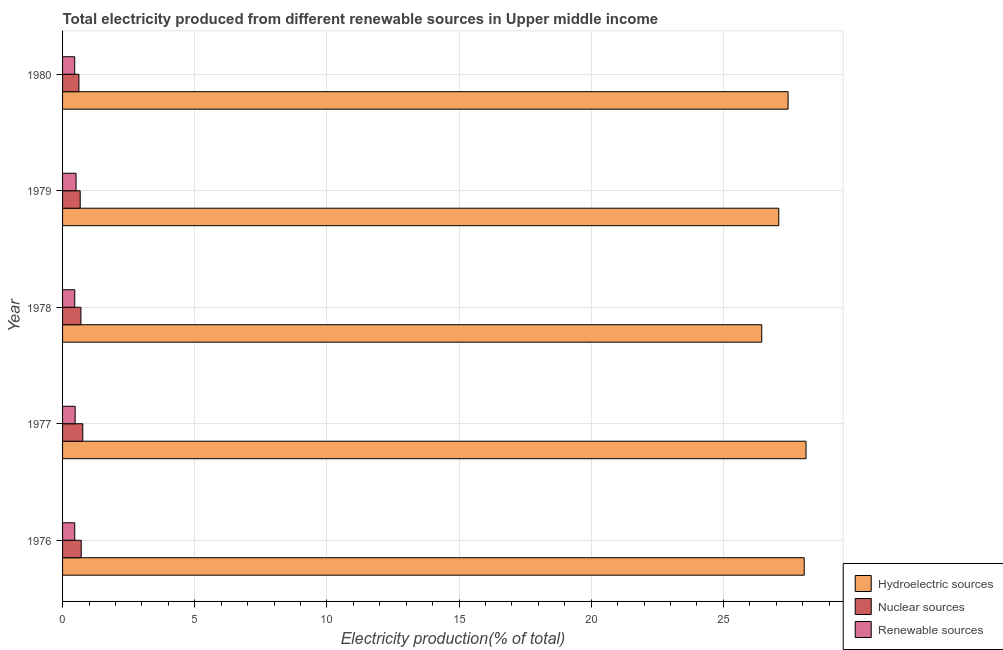
| Year | Hydroelectric sources | Nuclear sources | Renewable sources |
 | --- | --- | --- | --- |
 | 1976 | 28.1 | 0.705 | 0.461 |
 | 1977 | 28.1 | 0.765 | 0.476 |
 | 1978 | 26.5 | 0.694 | 0.461 |
 | 1979 | 27.1 | 0.667 | 0.511 |
 | 1980 | 27.4 | 0.619 | 0.46 |